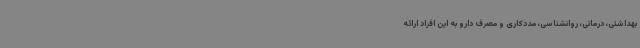
بهداشتی، درمانی، روانشناسی، مددکاری و مصرف دارو به این افراد ارائه